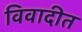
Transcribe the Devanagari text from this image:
विवादीत